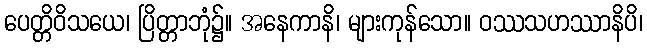
ပေတ္တိဝိသယေ၊ ပြိတ္တာဘုံ၌။ အနေကာနိ၊ များကုန်သော။ ဝဿသဟဿာနိပိ၊